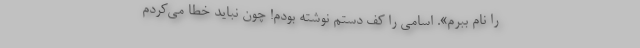
را نام ببرم». اسا‌می را کف دستم نوشته بودم! چون نباید خطا می‌کردم